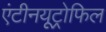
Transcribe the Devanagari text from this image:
एंटीनयूट्रोफिल